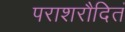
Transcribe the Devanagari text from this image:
पराशरौदितं